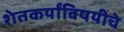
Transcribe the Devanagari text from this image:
शेतकर्यांविषयीचे